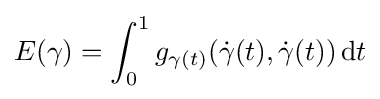
E(\gamma )=\int _{0}^{1}g_{\gamma (t)}({\dot {\gamma }}(t),{\dot {\gamma }}(t))\,\mathrm {d} t